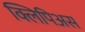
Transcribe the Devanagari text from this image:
क्लिपिअस